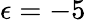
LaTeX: \epsilon=-5